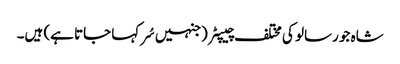
شاہ جو رسالو کی مختلف چیپٹر (جنہیں سُر کہا جاتا ہے) ہیں۔